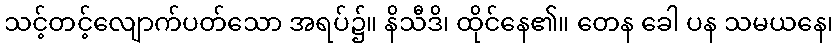
သင့်တင့်လျောက်ပတ်သော အရပ်၌။ နိသီဒိ၊ ထိုင်နေ၏။ တေန ခေါ ပန သမယနေ၊